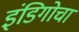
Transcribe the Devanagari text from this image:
इंडिगोचा